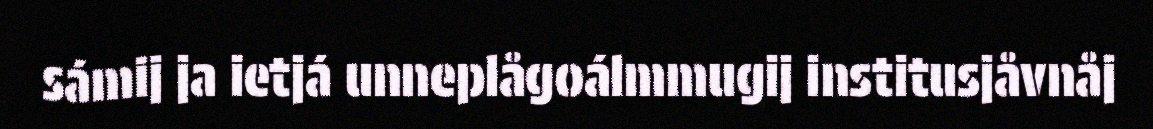
sámij ja ietjá unneplågoálmmugij institusjåvnåj